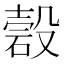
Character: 𥔳